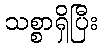
သစ္စာရှိပြီး